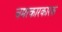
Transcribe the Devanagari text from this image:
चमत्कारकारक